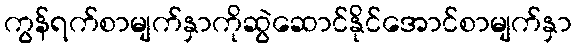
ကွန်ရက်စာမျက်နှာကိုဆွဲဆောင်နိုင်အောင်စာမျက်နှာ